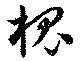
槐